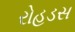
રોહડસ